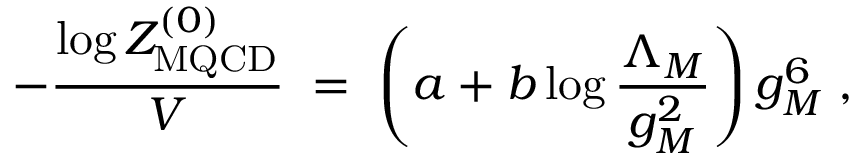
- { \frac { \log { \cal Z } _ { \mathrm { M Q C D } } ^ { ( 0 ) } } { V } } \; = \; \left( a + b \log { \frac { \Lambda _ { M } } { g _ { M } ^ { 2 } } } \right) g _ { M } ^ { 6 } \; ,